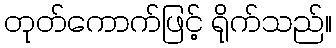
တုတ်ကောက်ဖြင့် ရိုက်သည်။